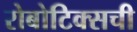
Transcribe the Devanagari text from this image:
रोबोटिक्सची